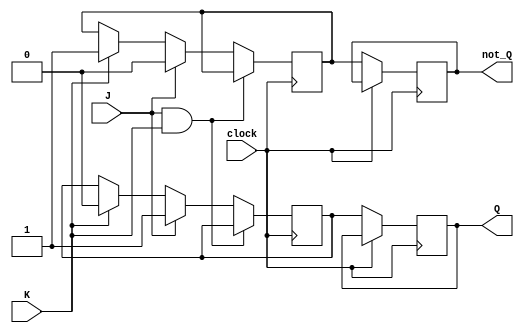
module jk_flip_flop (
    input J, 
    input K,
    input clock,
    output reg Q,
    output reg not_Q
);

reg master_Q, master_not_Q;

always @(posedge clock) begin
    // Master stage
    if (J && K) begin
        master_Q <= master_Q;
        master_not_Q <= master_not_Q;
    end else if (J) begin
        master_Q <= 1'b1;
        master_not_Q <= 1'b0;
    end else if (K) begin
        master_Q <= 1'b0;
        master_not_Q <= 1'b1;
    end

    // Slave stage
    if (!clock) begin 
        Q <= master_Q;
        not_Q <= master_not_Q;
    end
end

endmodule